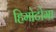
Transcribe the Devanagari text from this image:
हिमोटोमा